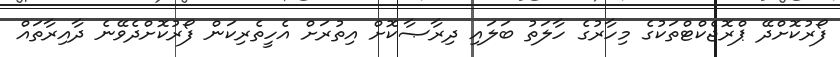
ފޯރުކޮށްދޭ ޕްރޮޖެކްޓްތަކުގެ މިހާރުގެ ހާލަތު ބަލައި ދިރާޞާކޮށް އިތުރަށް އެހީތެރިކަން ފޯރުކޮށްދެވޭނެ ދާއިރާތައް